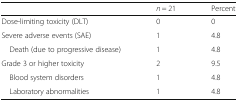
<table><thead><tr><td></td><td><b><i>n</i> = 21</b></td><td><b>Percent</b></td></tr></thead><tbody><tr><td>Dose-limiting toxicity (DLT)</td><td>0</td><td>0</td></tr><tr><td>Severe adverse events (SAE)</td><td>1</td><td>4.8</td></tr><tr><td> Death (due to progressive disease)</td><td>1</td><td>4.8</td></tr><tr><td>Grade 3 or higher toxicity</td><td>2</td><td>9.5</td></tr><tr><td> Blood system disorders</td><td>1</td><td>4.8</td></tr><tr><td> Laboratory abnormalities</td><td>1</td><td>4.8</td></tr></tbody></table>